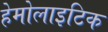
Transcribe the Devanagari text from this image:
हेमोलाइटिक